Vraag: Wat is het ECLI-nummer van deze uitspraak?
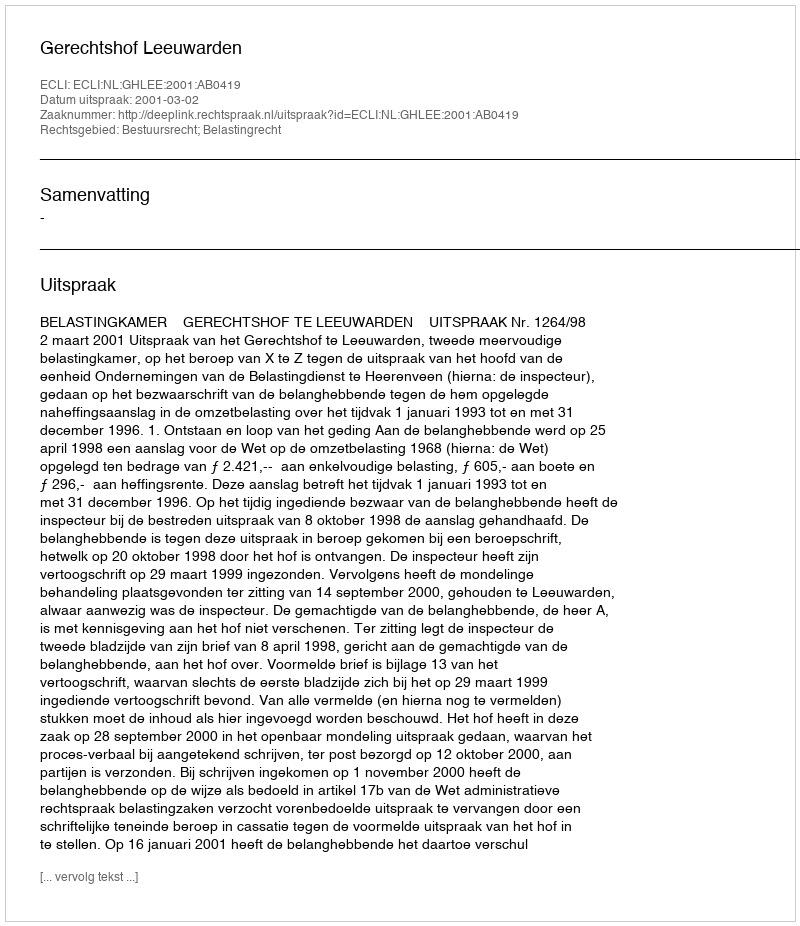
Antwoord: ECLI:NL:GHLEE:2001:AB0419